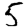
Digit: 5